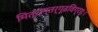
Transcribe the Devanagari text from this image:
मित्रान्तर्गूढविग्रहः।